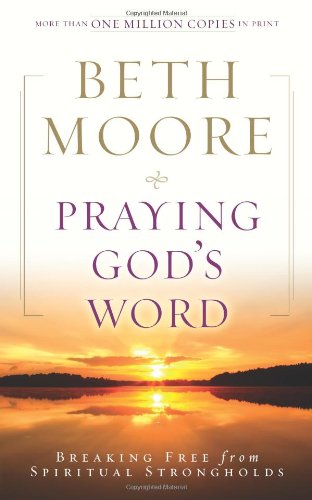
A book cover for Praying God's Word: Breaking Free from Spiritual Strongholds; Beth Moore; Christian Books & Bibles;